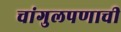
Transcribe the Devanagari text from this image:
चांगुलपणाची